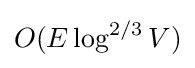
O(E\log ^{2/3}{V})